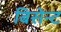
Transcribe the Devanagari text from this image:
बिसेन्ट